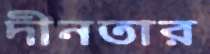
দীনতার